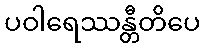
ပဝါရေဿန္တီတိပေ